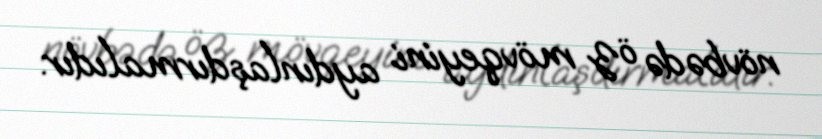
növbədə öz mövqeyini aydınlaşdırmalıdır.